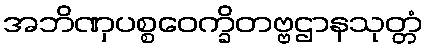
အဘိဏှပစ္စဝေက္ခိတဗ္ဗဌာနသုတ္တံ